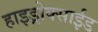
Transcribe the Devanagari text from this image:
हाइड्रोक्साईड